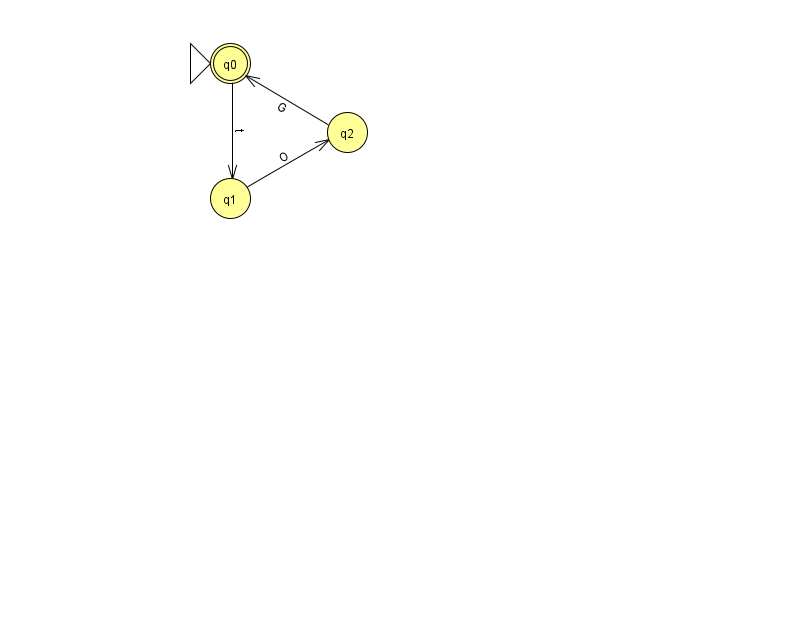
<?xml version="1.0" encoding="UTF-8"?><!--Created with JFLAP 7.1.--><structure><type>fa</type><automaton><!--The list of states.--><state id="0" name="q0"><x>230.0</x><y>50.0</y><initial/><final/></state><state id="1" name="q1"><x>230.0</x><y>185.0</y></state><state id="2" name="q2"><x>347.0</x><y>119.0</y></state><!--The list of transitions.--><transition><from>1</from><to>2</to><read>O</read></transition><transition><from>2</from><to>0</to><read>G</read></transition><transition><from>0</from><to>1</to><read>t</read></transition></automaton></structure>